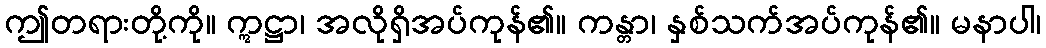
ဤတရားတို့ကို။ ဣဋ္ဌာ၊ အလိုရှိအပ်ကုန်၏။ ကန္တာ၊ နှစ်သက်အပ်ကုန်၏။ မနာပါ၊